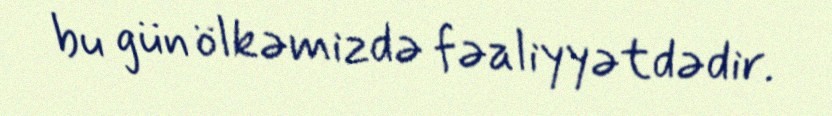
bu gün ölkəmizdə fəaliyyətdədir.